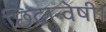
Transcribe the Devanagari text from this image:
छिद्रान्वेषी।